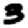
Digit: 3